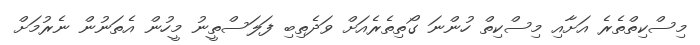
މިސްކިތްތެރެ އަށާއި މިސްކިތް ހުންނަ ގޯތިތެރެއަށް ވަދެތިބި ފަލަސްތީނު މީހުން އެތަނުން ނެރުމަށް